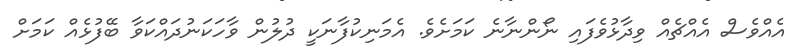
އެއްވެސް އެއްޗެއް ވިދާޅުވެފައި ނޯންނާނެ ކަމަށެވެ. އެމަނިކުފާނަކީ ދުލުން ވާހަކަނުދައްކަވާ ބޭފުޅެއް ކަމަށް